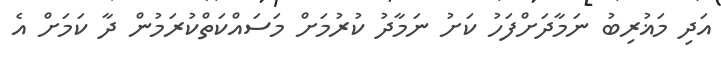
އަދި މަޣުރިބު ނަމާދަށްފަހު ކަށު ނަމާދު ކުރުމަށް މަސައްކަތްކުރަމުން ދާ ކަމަށް އެ